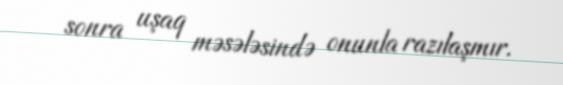
sonra uşaq məsələsində onunla razılaşmır.